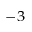
^ { - 3 }